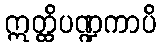
ဣတ္ထိပဏ္ဍကာပိ